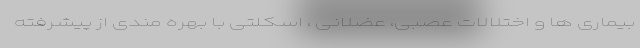
بیماری ها و اختلالات عصبی، عضلانی ، اسکلتی با بهره مندی از پیشرفته